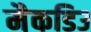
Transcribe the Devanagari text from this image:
मैकडिउ